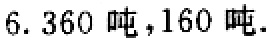
6. 360 吨，160 吨.